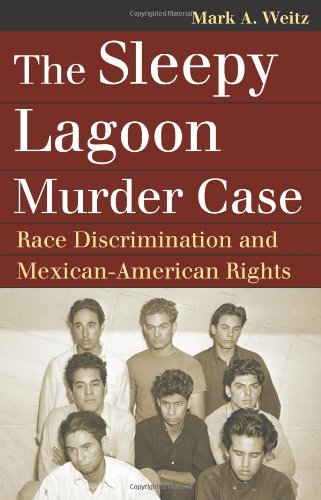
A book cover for The Sleepy Lagoon Murder Case: Race Discrimination and Mexican-American Rights (Landmark Law Cases and American Society) (Landmark Law Cases & American Society); Mark A. Weitz; Law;